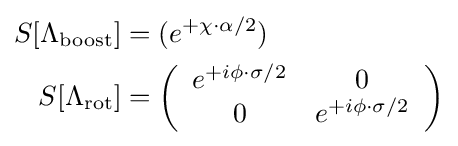
{\begin{aligned}S[\Lambda _{\rm {boost}}]&=(e^{+\chi \cdot \alpha /2})\\S[\Lambda _{\rm {rot}}]&=\left({\begin{array}{cc}e^{+i\phi \cdot \sigma /2}&0\\0&e^{+i\phi \cdot \sigma /2}\end{array}}\right)\end{aligned}}